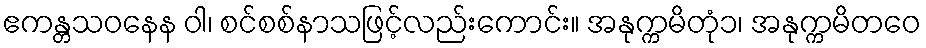
ဧကန္တသဝနေန ဝါ၊ စင်စစ်နာသဖြင့်လည်းကောင်း။ အနုက္ကမိတုံ၁၊ အနုက္ကမိတဝေ